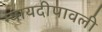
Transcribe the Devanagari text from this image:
न्यायदीपावली